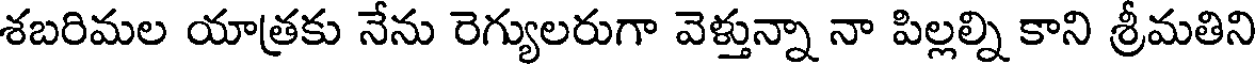
శబరిమల యాత్రకు నేను రెగ్యులరుగా వెళ్తున్నా నా పిల్లల్ని కాని శ్రీమతిని